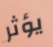
يؤثر